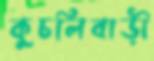
কুচলিবাড়ী